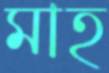
মাহ